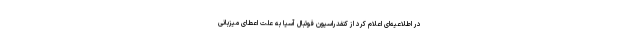
در اطلاعیه‌ای اعلام کرد از کنفدراسیون فوتبال آسیا به علت اعطای میزبانی